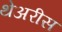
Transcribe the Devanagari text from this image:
थेअरीस